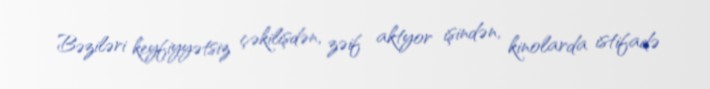
Bəziləri keyfiyyətsiz çəkilişdən, zəif aktyor işindən, kinolarda istifadə